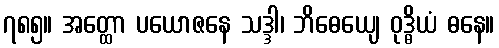
၇၈၅။ အတ္ထော ပယောဇနေ သဒ္ဒါ၊ ဘိဓေယျေ ဝုဒ္ဓိယံ ဓနေ။